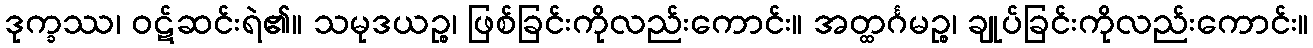
ဒုက္ခဿ၊ ဝဋ်ဆင်းရဲ၏။ သမုဒယဉ္စ၊ ဖြစ်ခြင်းကိုလည်းကောင်း။ အတ္ထင်္ဂမဉ္စ၊ ချုပ်ခြင်းကိုလည်းကောင်း။